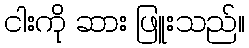
ငါးကို ဆား ဖြူးသည်။